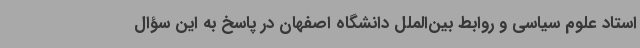
استاد علوم سیاسی و روابط بین‌الملل دانشگاه اصفهان در پاسخ به این سؤال